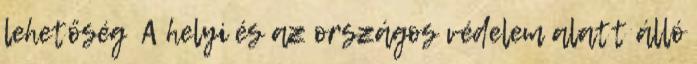
lehetőség ▪A helyi és az országos védelem alatt álló